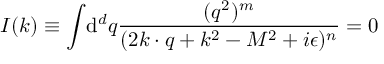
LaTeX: I ( k ) \equiv \int \! \mathrm { d } ^ { d } { q } { \frac { ( q ^ { 2 } ) ^ { m } } { ( 2 k \cdot q + k ^ { 2 } - M ^ { 2 } + i \epsilon ) ^ { n } } } = 0